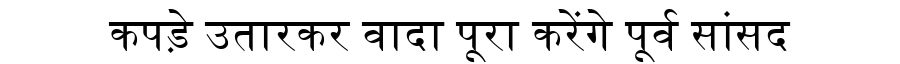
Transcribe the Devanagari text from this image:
कपड़े उतारकर वादा पूरा करेंगे पूर्व सांसद